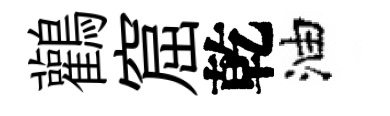
鸛窟乾油